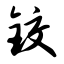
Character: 铰